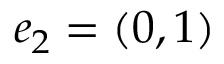
e _ { 2 } = ( 0 , 1 )